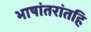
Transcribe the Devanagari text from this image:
भाषांतरांतहि